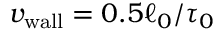
{ v _ { \mathrm { w a l l } } } = 0 . 5 \ell _ { 0 } / \tau _ { 0 }